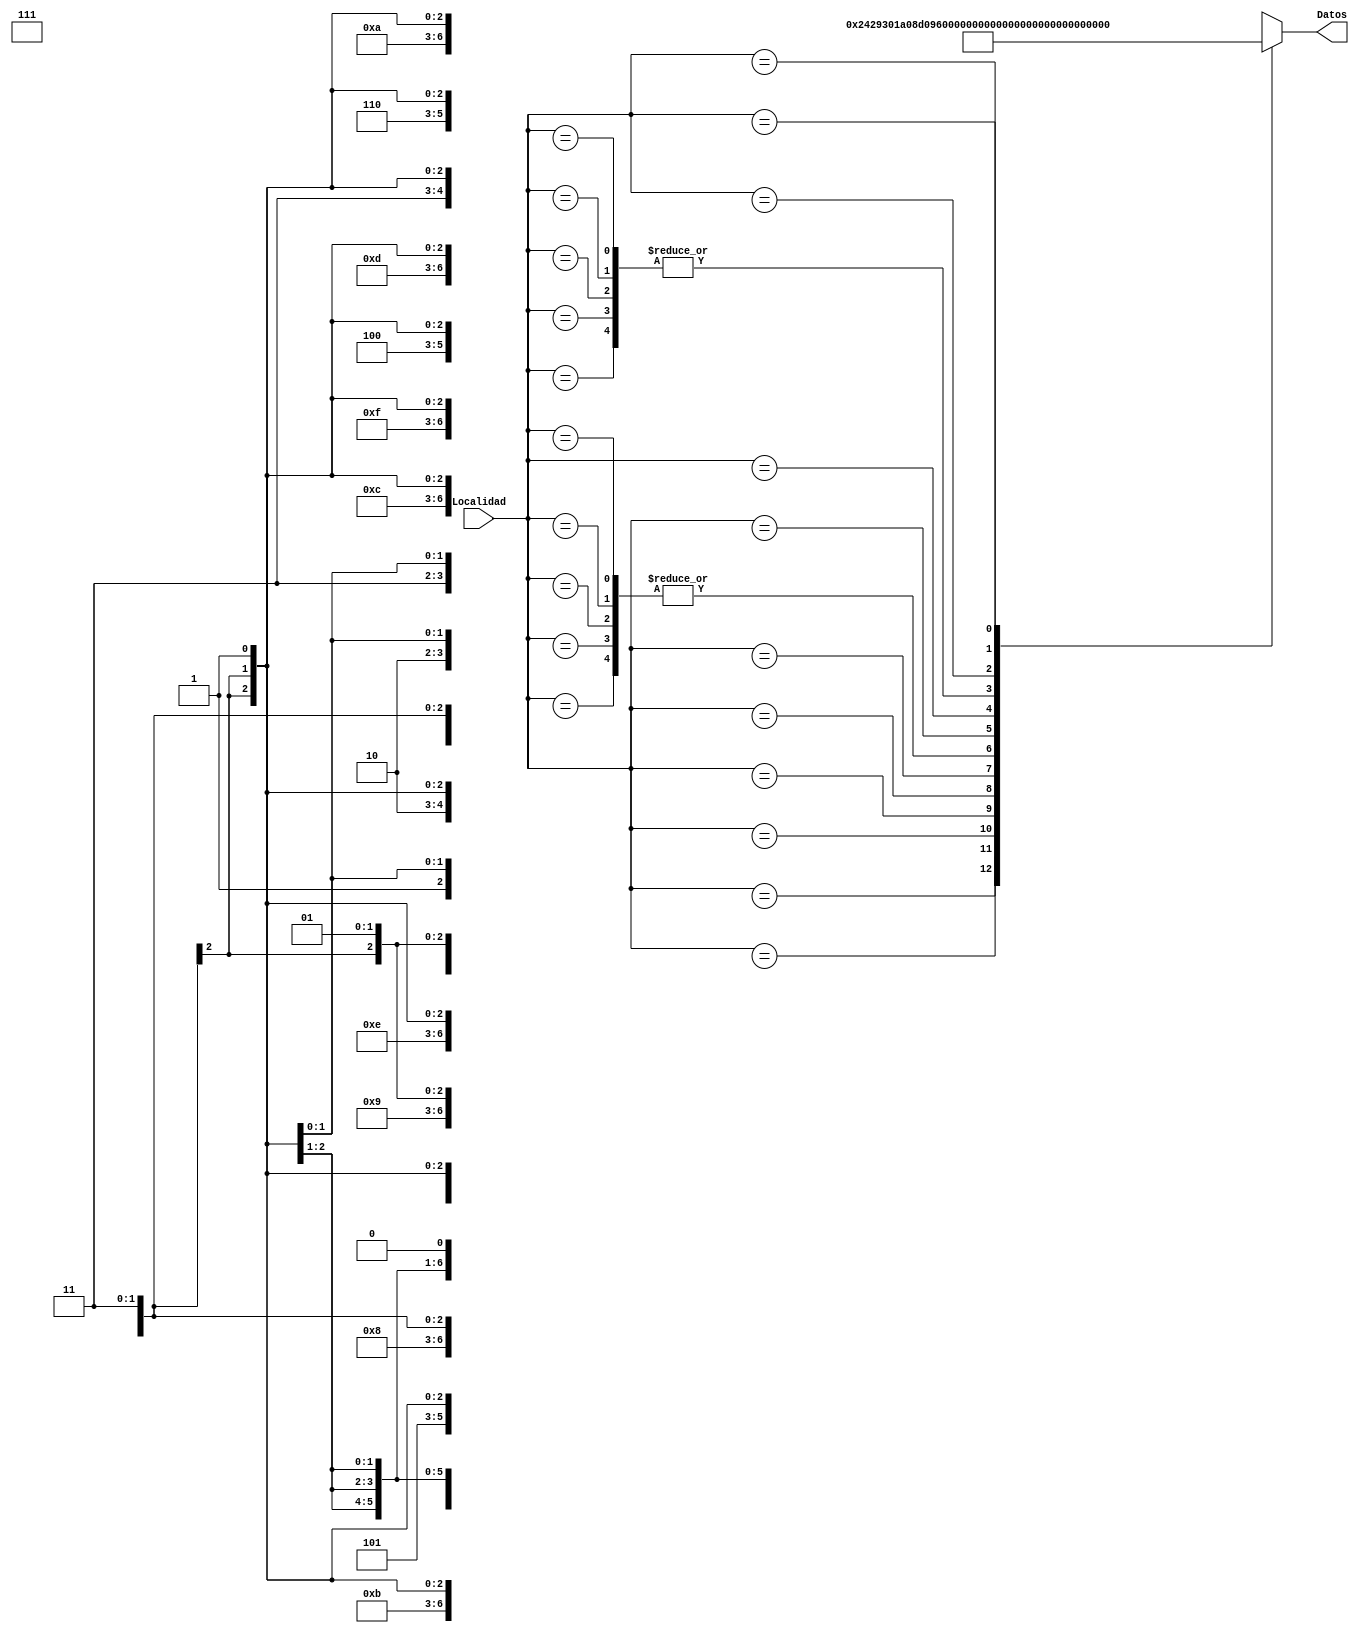

// Fredy Godoy - 19260
// Ejercicio No.5 - Memoria Rom

module M_Rom(input wire [6:0]Localidad, output reg [12:0]Datos);
//reg [7:0] Memoria[0:128];+

always @(*) begin 
    case(Localidad)
    7'bxxxxxx0: Datos<=13'b1000000001000;
    7'b00001x1: Datos<=13'b0100000001000;
    7'b00000x1: Datos<=13'b1000000001000;
    7'b00011x1: Datos<=13'b1000000001000;
    7'b00010x1: Datos<=13'b0100000001000;
    7'b0010xx1: Datos<=13'b0001001000010;
    7'b0011xx1: Datos<=13'b1001001100000;
    7'b0100xx1: Datos<=13'b0011010000010;
    7'b0101xx1: Datos<=13'b0011010000100;
    7'b0110xx1: Datos<=13'b1011010100000;
    7'b0111xx1: Datos<=13'b1000000111000;
    7'b1000x11: Datos<=13'b0100000001000;
    7'b1000x01: Datos<=13'b1000000001000;
    7'b1001x11: Datos<=13'b1000000001000;
    7'b1001x01: Datos<=13'b0100000001000;
    7'b1010xx1: Datos<=13'b0011011000010;
    7'b1011xx1: Datos<=13'b1011011100000;
    7'b1100xx1: Datos<=13'b0100000001000;
    7'b1101xx1: Datos<=13'b0000000001001;
    7'b1110xx1: Datos<=13'b0011100000010;
    7'b1111xx1: Datos<=13'b1011100100000;

    endcase 
end
endmodule